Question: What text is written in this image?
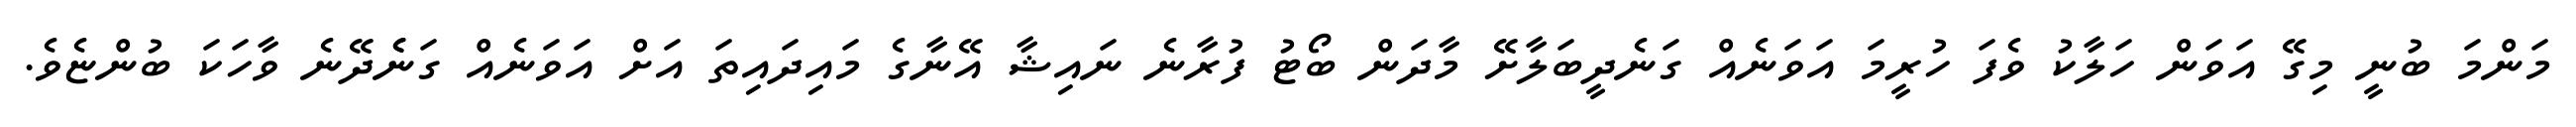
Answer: މަންމަ ބުނީ މިގޭ އަވަން ހަލާކު ވެފަ ހުރީމަ އަވަނެއް ގަނެދީބަލާށޭ މާދަން ބޯޓު ފުރާނެ ނައިޝާ އޭނާގެ މައިދައިތަ އަށް އަވަނެއް ގަނެެދޭނެ ވާހަކަ ބުންޏެވެ.